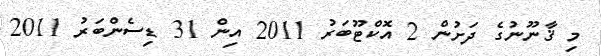
މި ޤާނޫނުގެ ދަށުން 2 އޮކްޓޫބަރު 2011 އިން 31 ޑިސެންބަރު 2011